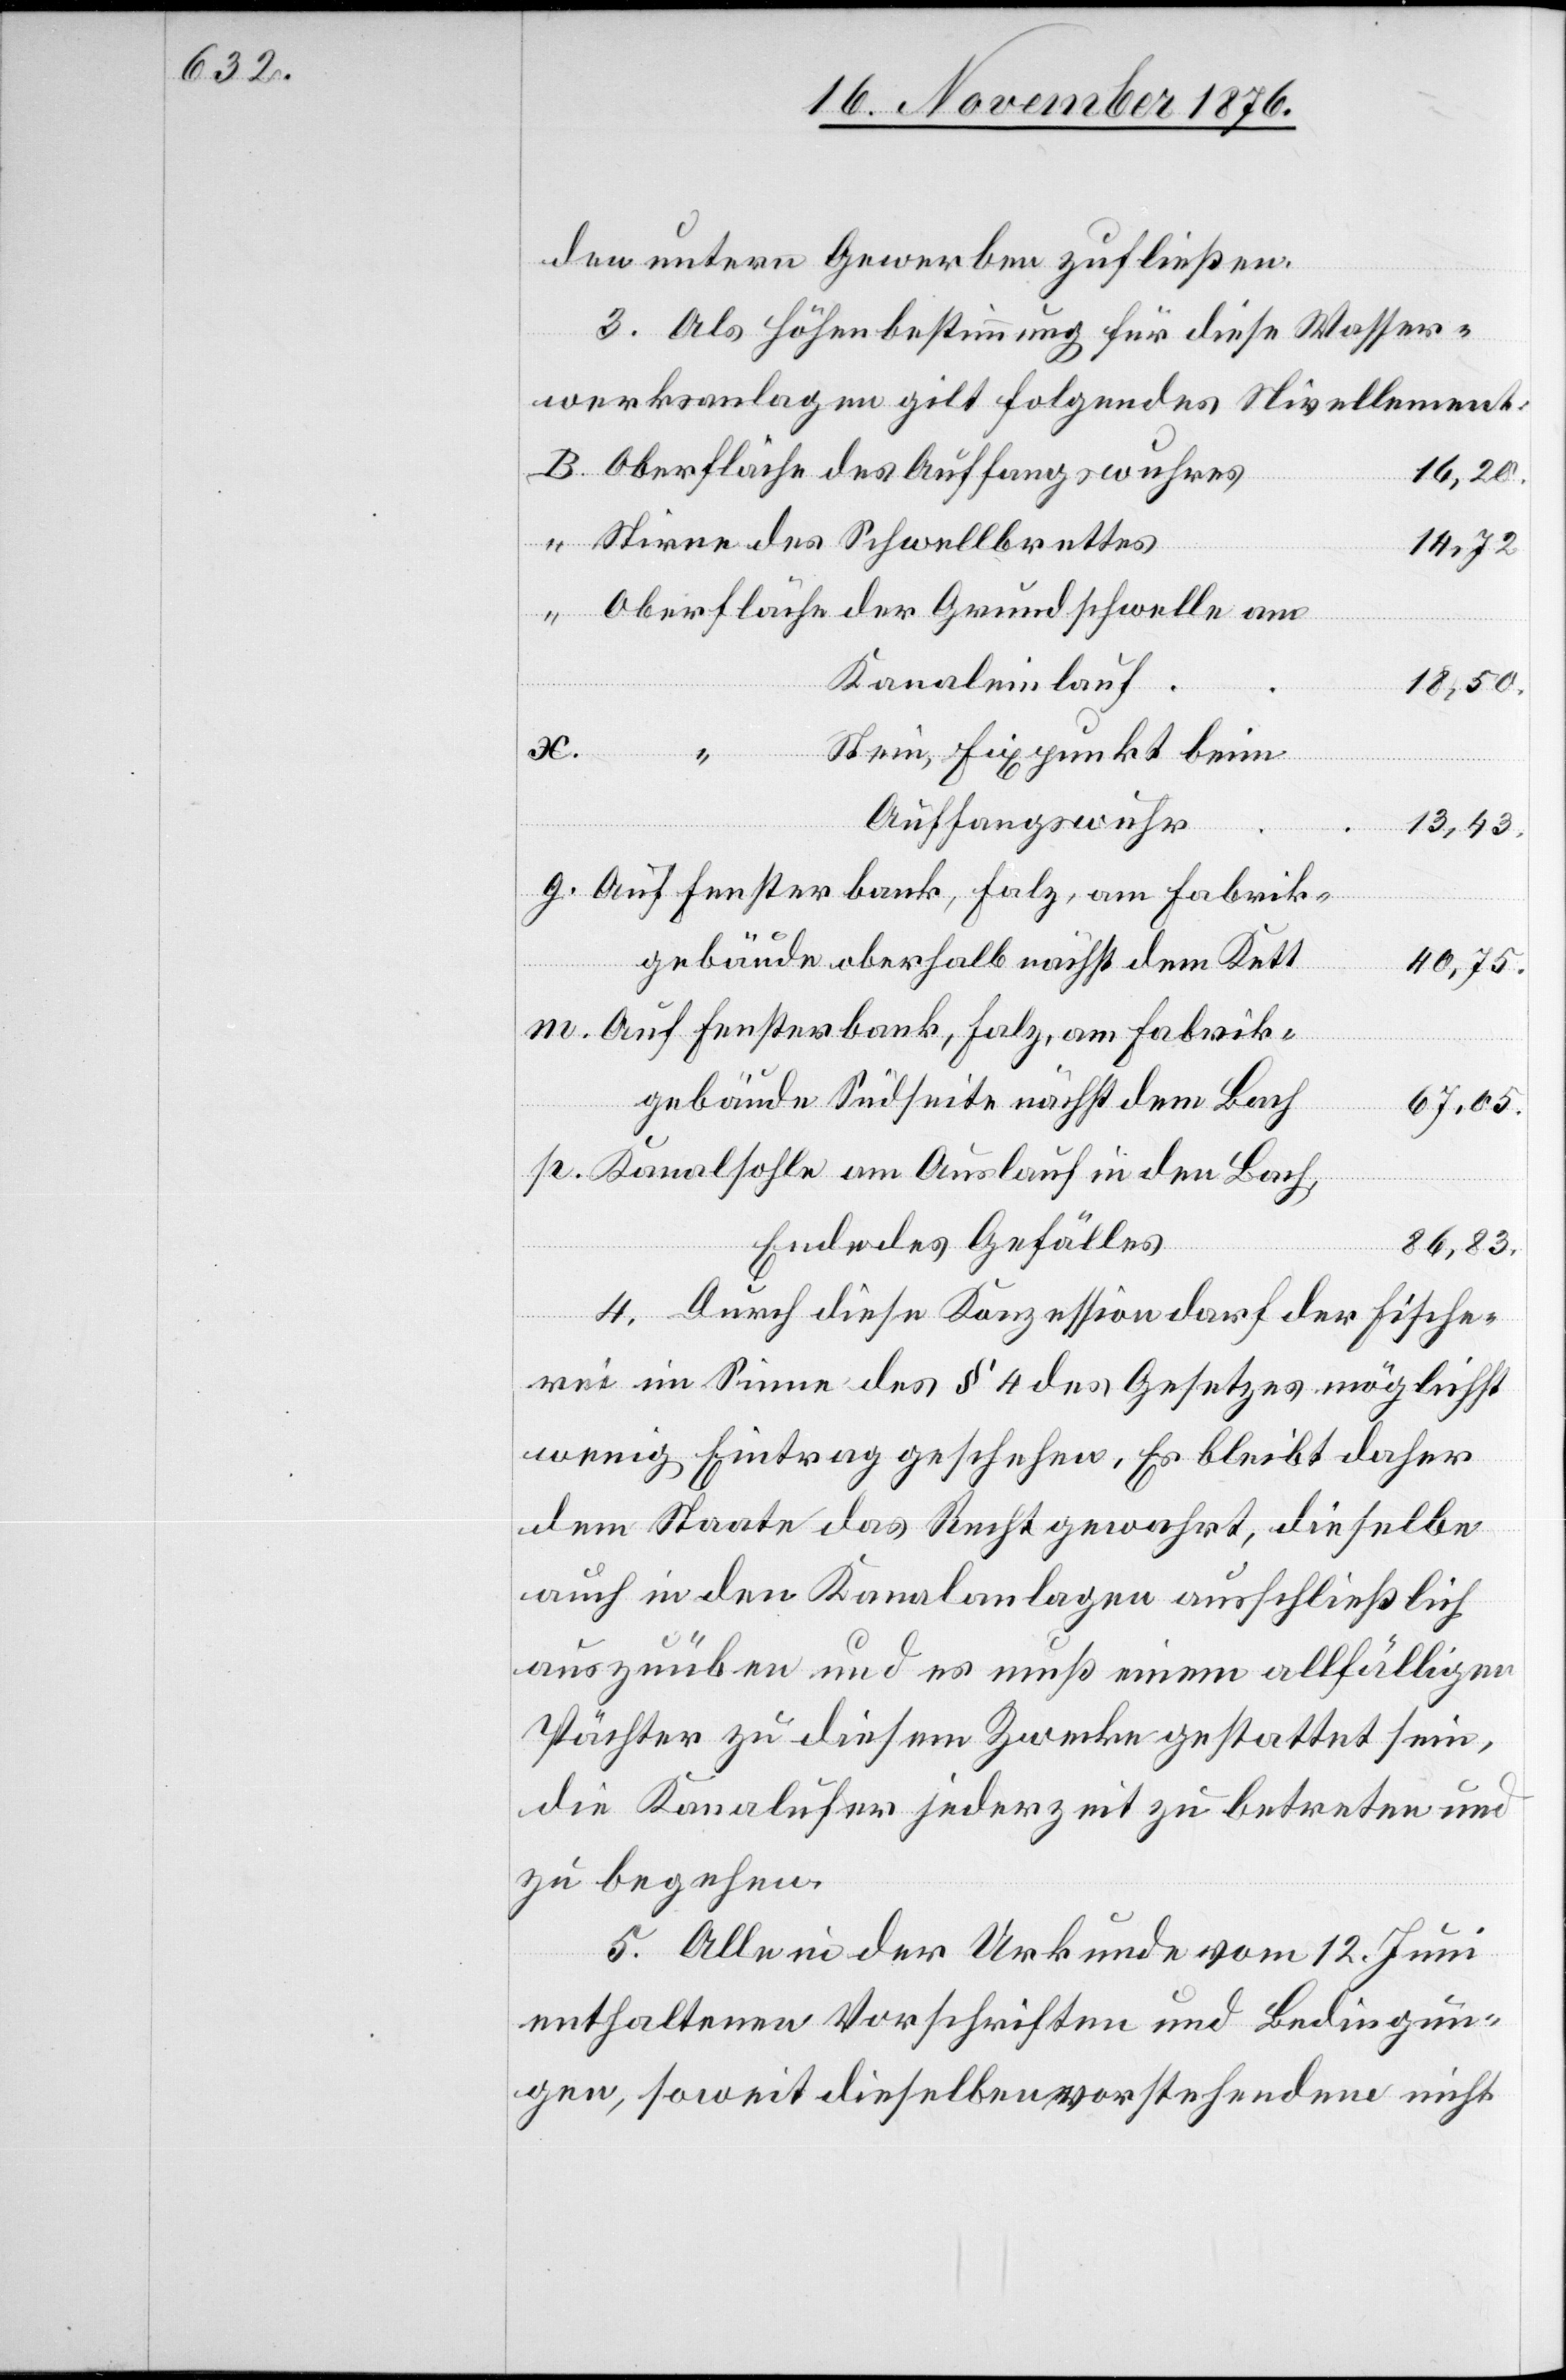
den untern Gewerben zufließen.
3. Als Höhenbestimmung für diese Wasser¬
werksanlagen gilt folgendes Nivellement:
16,20.
Falz,
14,72.
Kanaleinlauf
18,50.
Stein, Fixpunkt beim
p.
Auffangswuhr
13,43.
Bach,
gebäude oberhalb nächst dem Kett
40,75.
den
gebäude Südseite nächst dem Bach
67,05.
Ende des Gefälles
86,83.
4. Durch diese Konzession darf der Fische¬
rei im Sinne des § 4 des Gesetzes möglichst
wenig Eintrag geschehen. Es bleibt daher
dem Staate das Recht gewahrt, dieselbe
auch in den Kanalanlagen ausschließlich
auszuüben und es muß einem allfälligen
Pächter zu diesem Zwecke gestattet sein,
die Kanalufer jederzeit zu betreten und
zu begehen.
5. Alle in der Urkunde vom 12. Juni
enthaltenen Vorschriften und Bedingun¬
gen, soweit dieselben vorstehenden nicht